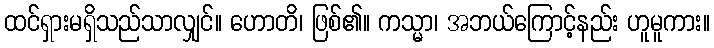
ထင်ရှားမရှိသည်သာလျှင်။ ဟောတိ၊ ဖြစ်၏။ ကသ္မာ၊ အဘယ်ကြောင့်နည်း ဟူမူကား။